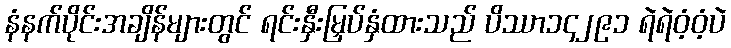
နံနက်ပိုင်းအချိန်များတွင် ရင်းနှီးမြှပ်နှံထားသည် ပိဿာ၁၄၂၉၁ ရဲရဲဝံ့ဝံ့ပဲ